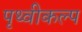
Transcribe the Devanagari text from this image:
पृथ्वीकल्प